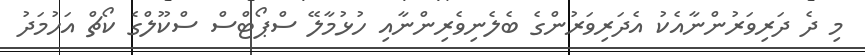
މި ދެ ދަރިވަރުންނާއެކު އެދަރިވަރުންގެ ބެލެނިވެރިންނާއި ހުޅުމާލޭ ސްޕޯޓްސް ސްކޫލްގެ ކޯޗް އަހުމަދު